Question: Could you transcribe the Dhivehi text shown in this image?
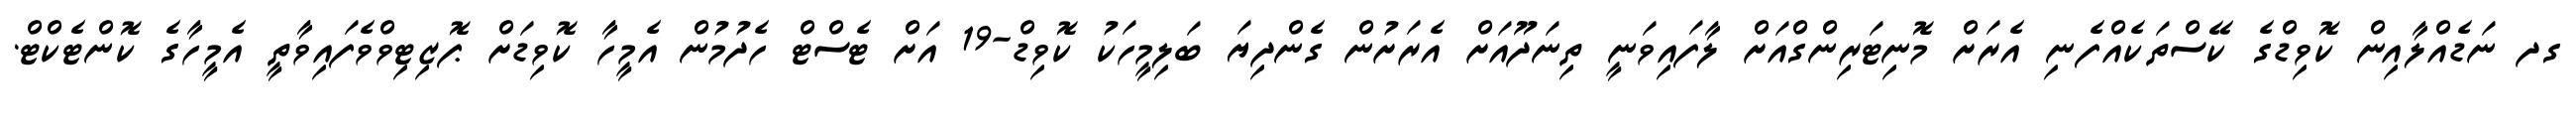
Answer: ގދ ނަޑެއްލާއިން ކޮވިޑްގެ ކޭސްތަކެއްފެނި އެރަށް މޮނިޓަރިންގްއަށް ލާފައިވަނީ ތިނަދޫއަށް އެރަށުން ގެންދިޔަ ބަލިމީހަކު ކޮވިޑް-19 އަށް ޓެސްޓް ހެދުމުން އެމީހާ ކޮވިޑަށް ޕޮޒިޓިވްވެފައިވާތީ އެމީހާގެ ކޮންޓެކްޓް.